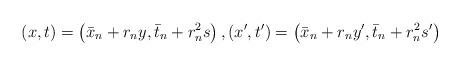
LaTeX: \begin{align*}(x,t)=\left(\bar x_n + r_n y, \bar t_n + r_n^2 s\right), (x',t')=\left(\bar x_n + r_n y', \bar t_n + r_n^2 s'\right)\end{align*}